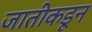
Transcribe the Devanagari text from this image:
जातीकडून